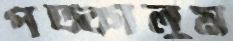
পট্‌কালুম